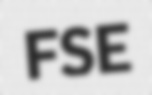
FSE